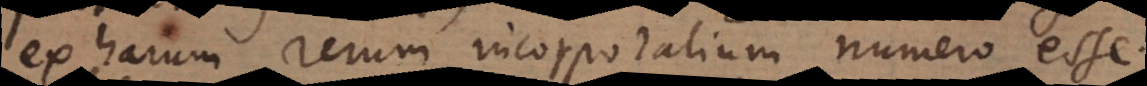
ex harum rerum incorporalium numero esse.